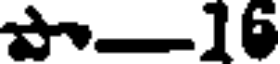
-16